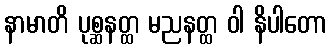
နာမာတိ ပုစ္ဆနတ္ထ မညနတ္ထ ဝါ နိပါတော